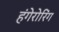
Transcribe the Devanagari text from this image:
हंगेरोरिंग